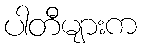
ပါတီများက